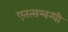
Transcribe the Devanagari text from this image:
एतत्सम्बन्धी